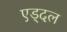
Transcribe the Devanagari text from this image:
एड्दल